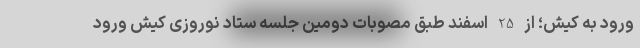
ورود به کیش؛ از 25 اسفند طبق مصوبات دومین جلسه ستاد نوروزی کیش ورود